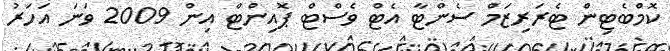
ކޮމްބެޓިން ޓެރަރިޒަމް ސެންޓާ އެޓް ވެސްޓް ޕޮއިންޓް އިން 2009 ވަނަ އަހަރު